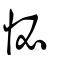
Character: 怭